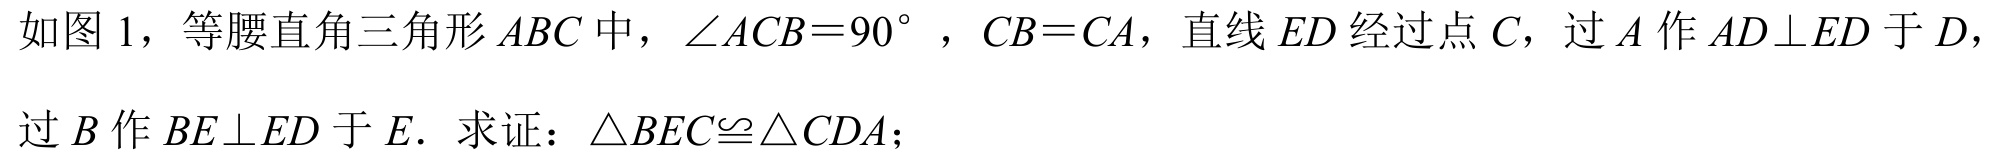
如图 1，等腰直角三角形\(ABC\)中，\(\angle ACB = 90^{\circ}\)，\(CB = CA\)，直线\(ED\)经过点\(C\)，过\(A\)作\(AD\perp ED\)于\(D\)，过\(B\)作\(BE\perp ED\)于\(E\). 求证：\(\triangle BEC\cong\triangle CDA\)；